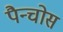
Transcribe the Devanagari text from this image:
पैन्चोस